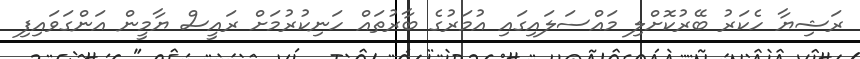
ރަޝިޔާ ހެކަރު ބޭރުކޮށްލި މައްސަލައިގައި އުމަރުގެ ބާރުތައް ހަނިކުރުމަށް ރައީސް ޔާމީން އަންގަވައިފި